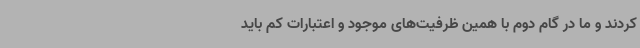
کردند و ما در گام دوم با همین ظرفیت‌های موجود و اعتبارات کم باید